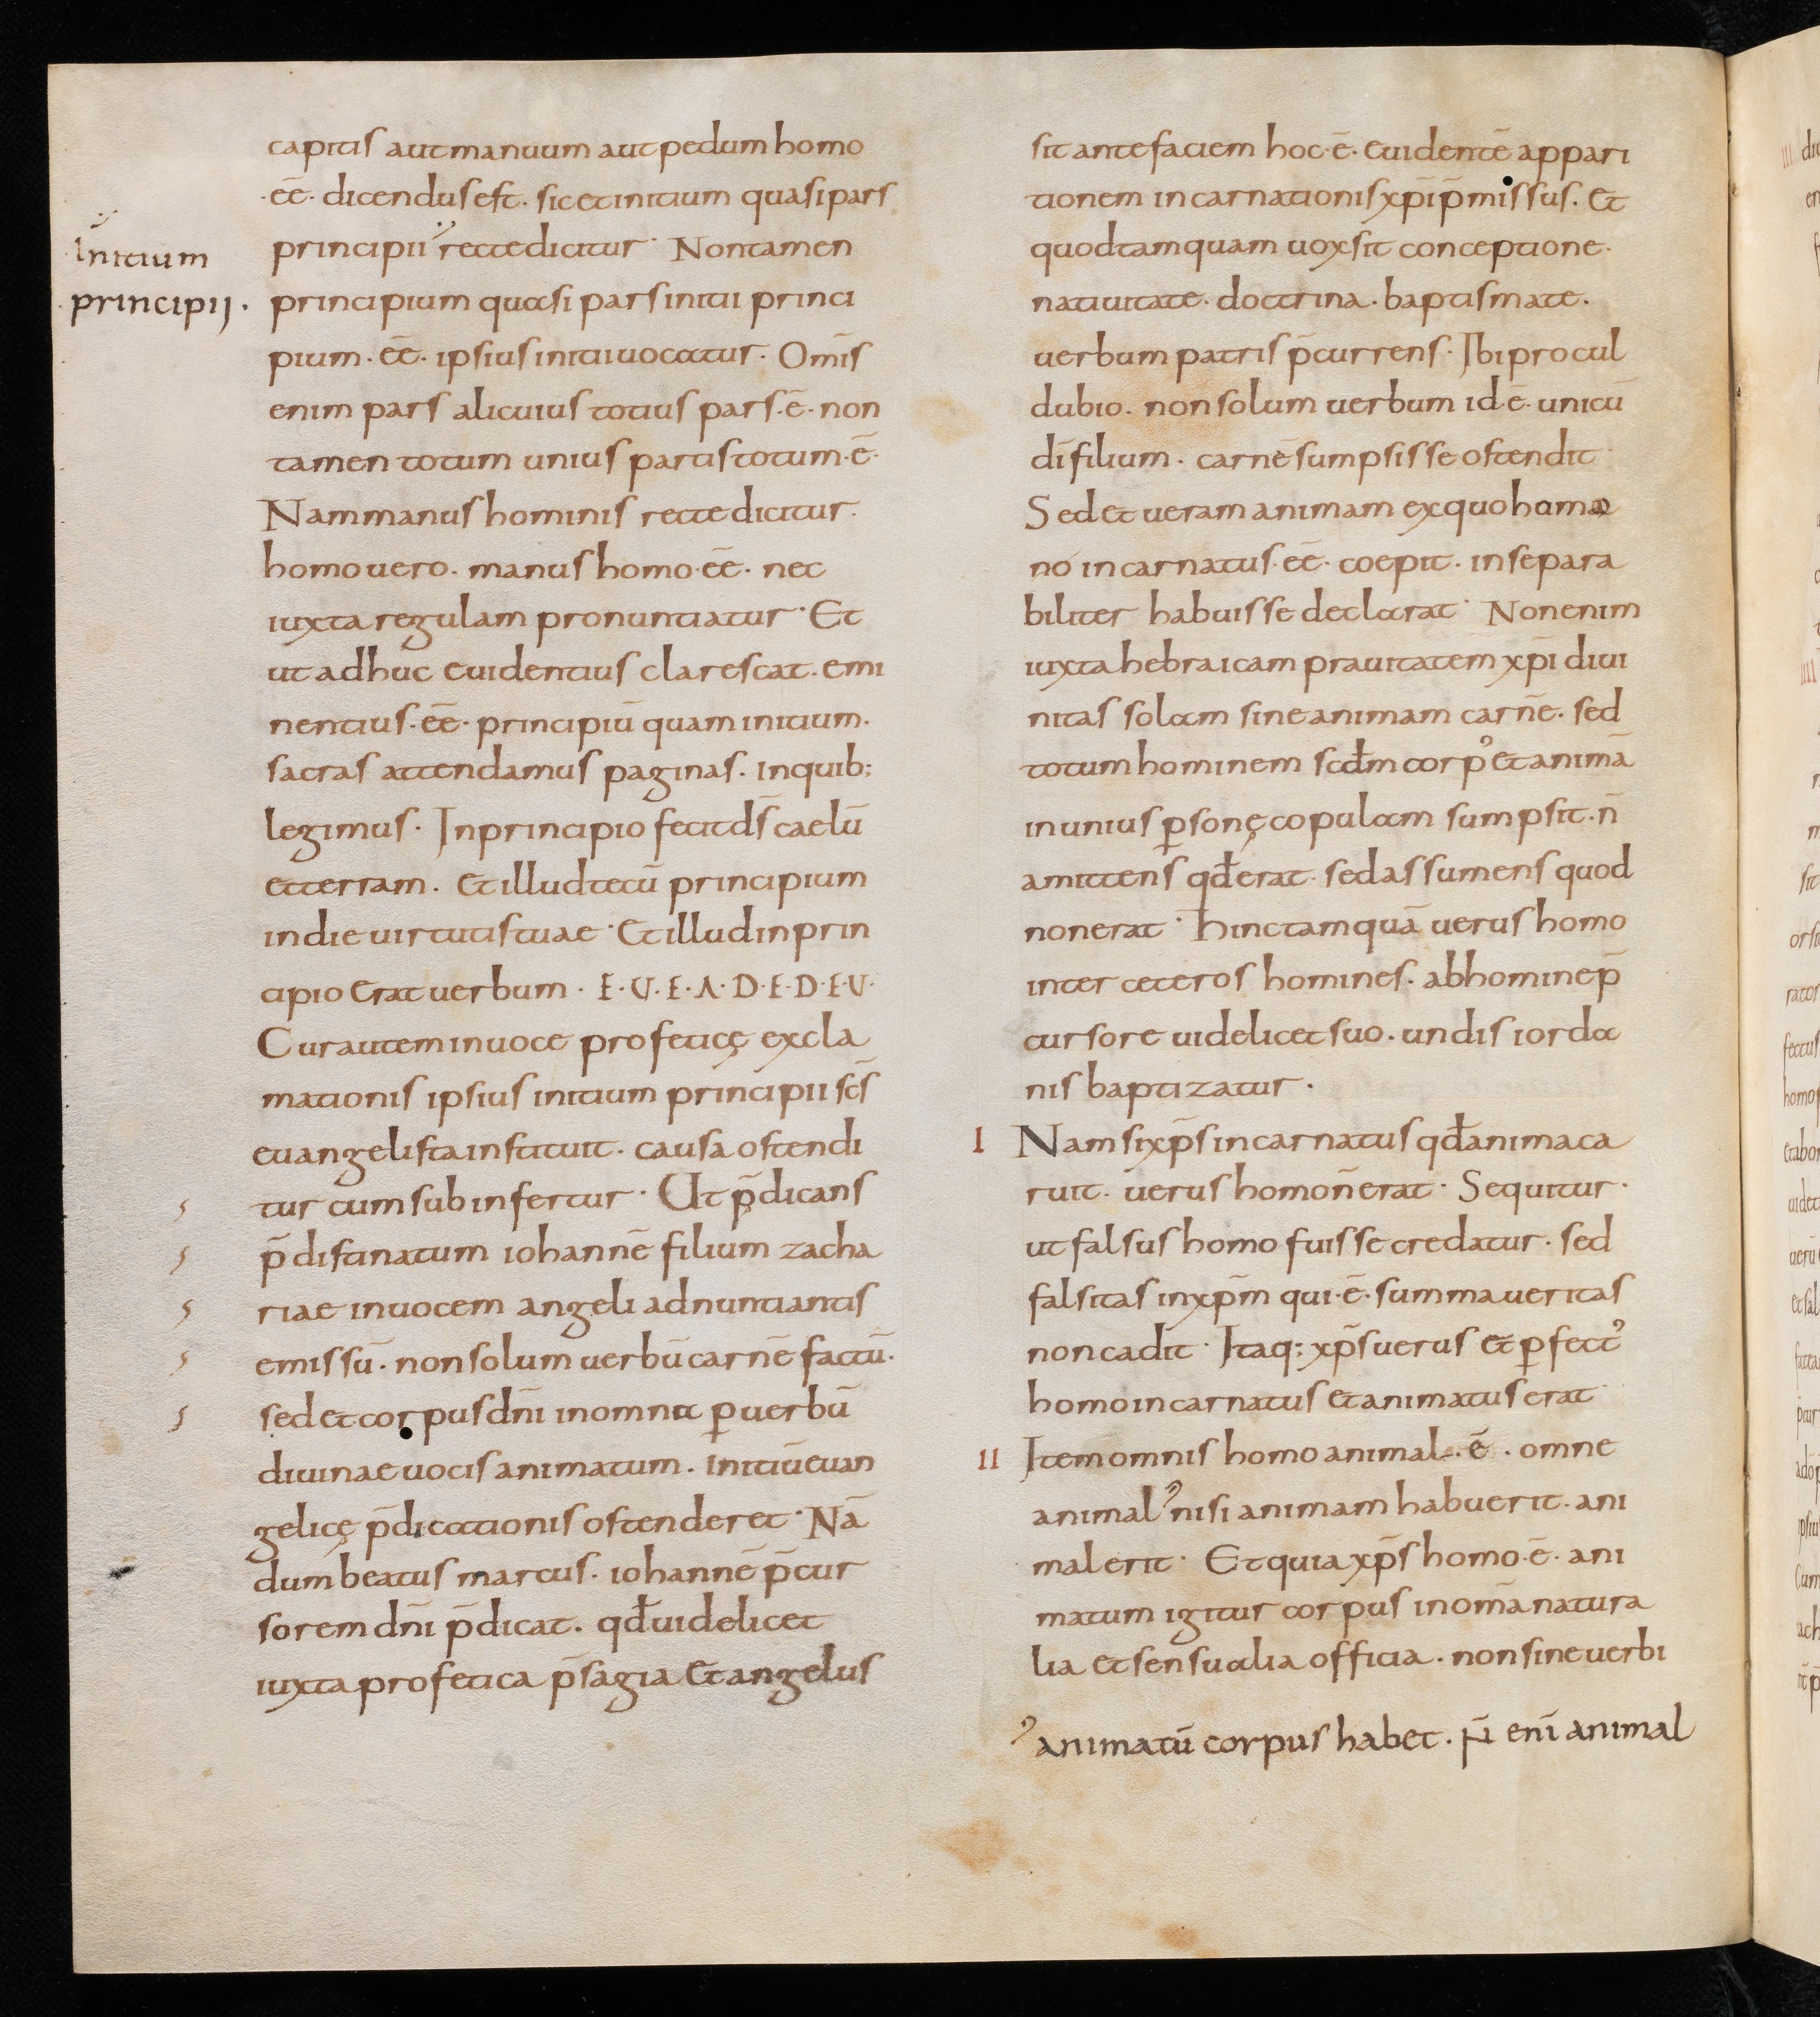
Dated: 867–899